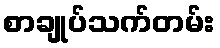
စာချုပ်သက်တမ်း